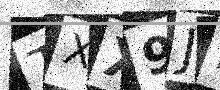
Text: TXX9JH